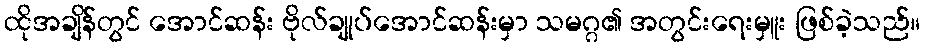
ထိုအချိန်တွင် အောင်ဆန်း ဗိုလ်ချုပ်အောင်ဆန်းမှာ သမဂ္ဂ၏ အတွင်းရေးမှူး ဖြစ်ခဲ့သည်။